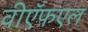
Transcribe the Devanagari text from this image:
वीऍफ़एल